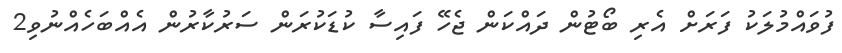
ފުވައްމުލަކު ފަރަށް އެރި ބޯޓުން ދައްކަން ޖެހޭ ފައިސާ ކުޑަކުރަން ސަރުކާރުން އެއްބަހެއްނުވި2